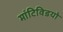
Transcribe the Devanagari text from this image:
मांटिविडयो